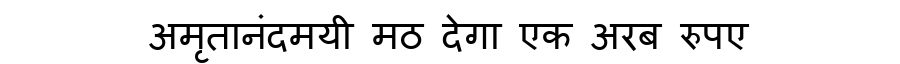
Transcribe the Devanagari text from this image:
अमृतानंदमयी मठ देगा एक अरब रुपए